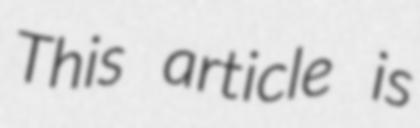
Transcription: This article is